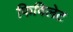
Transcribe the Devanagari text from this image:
फिविलेट